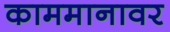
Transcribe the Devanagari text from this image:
काममानावर